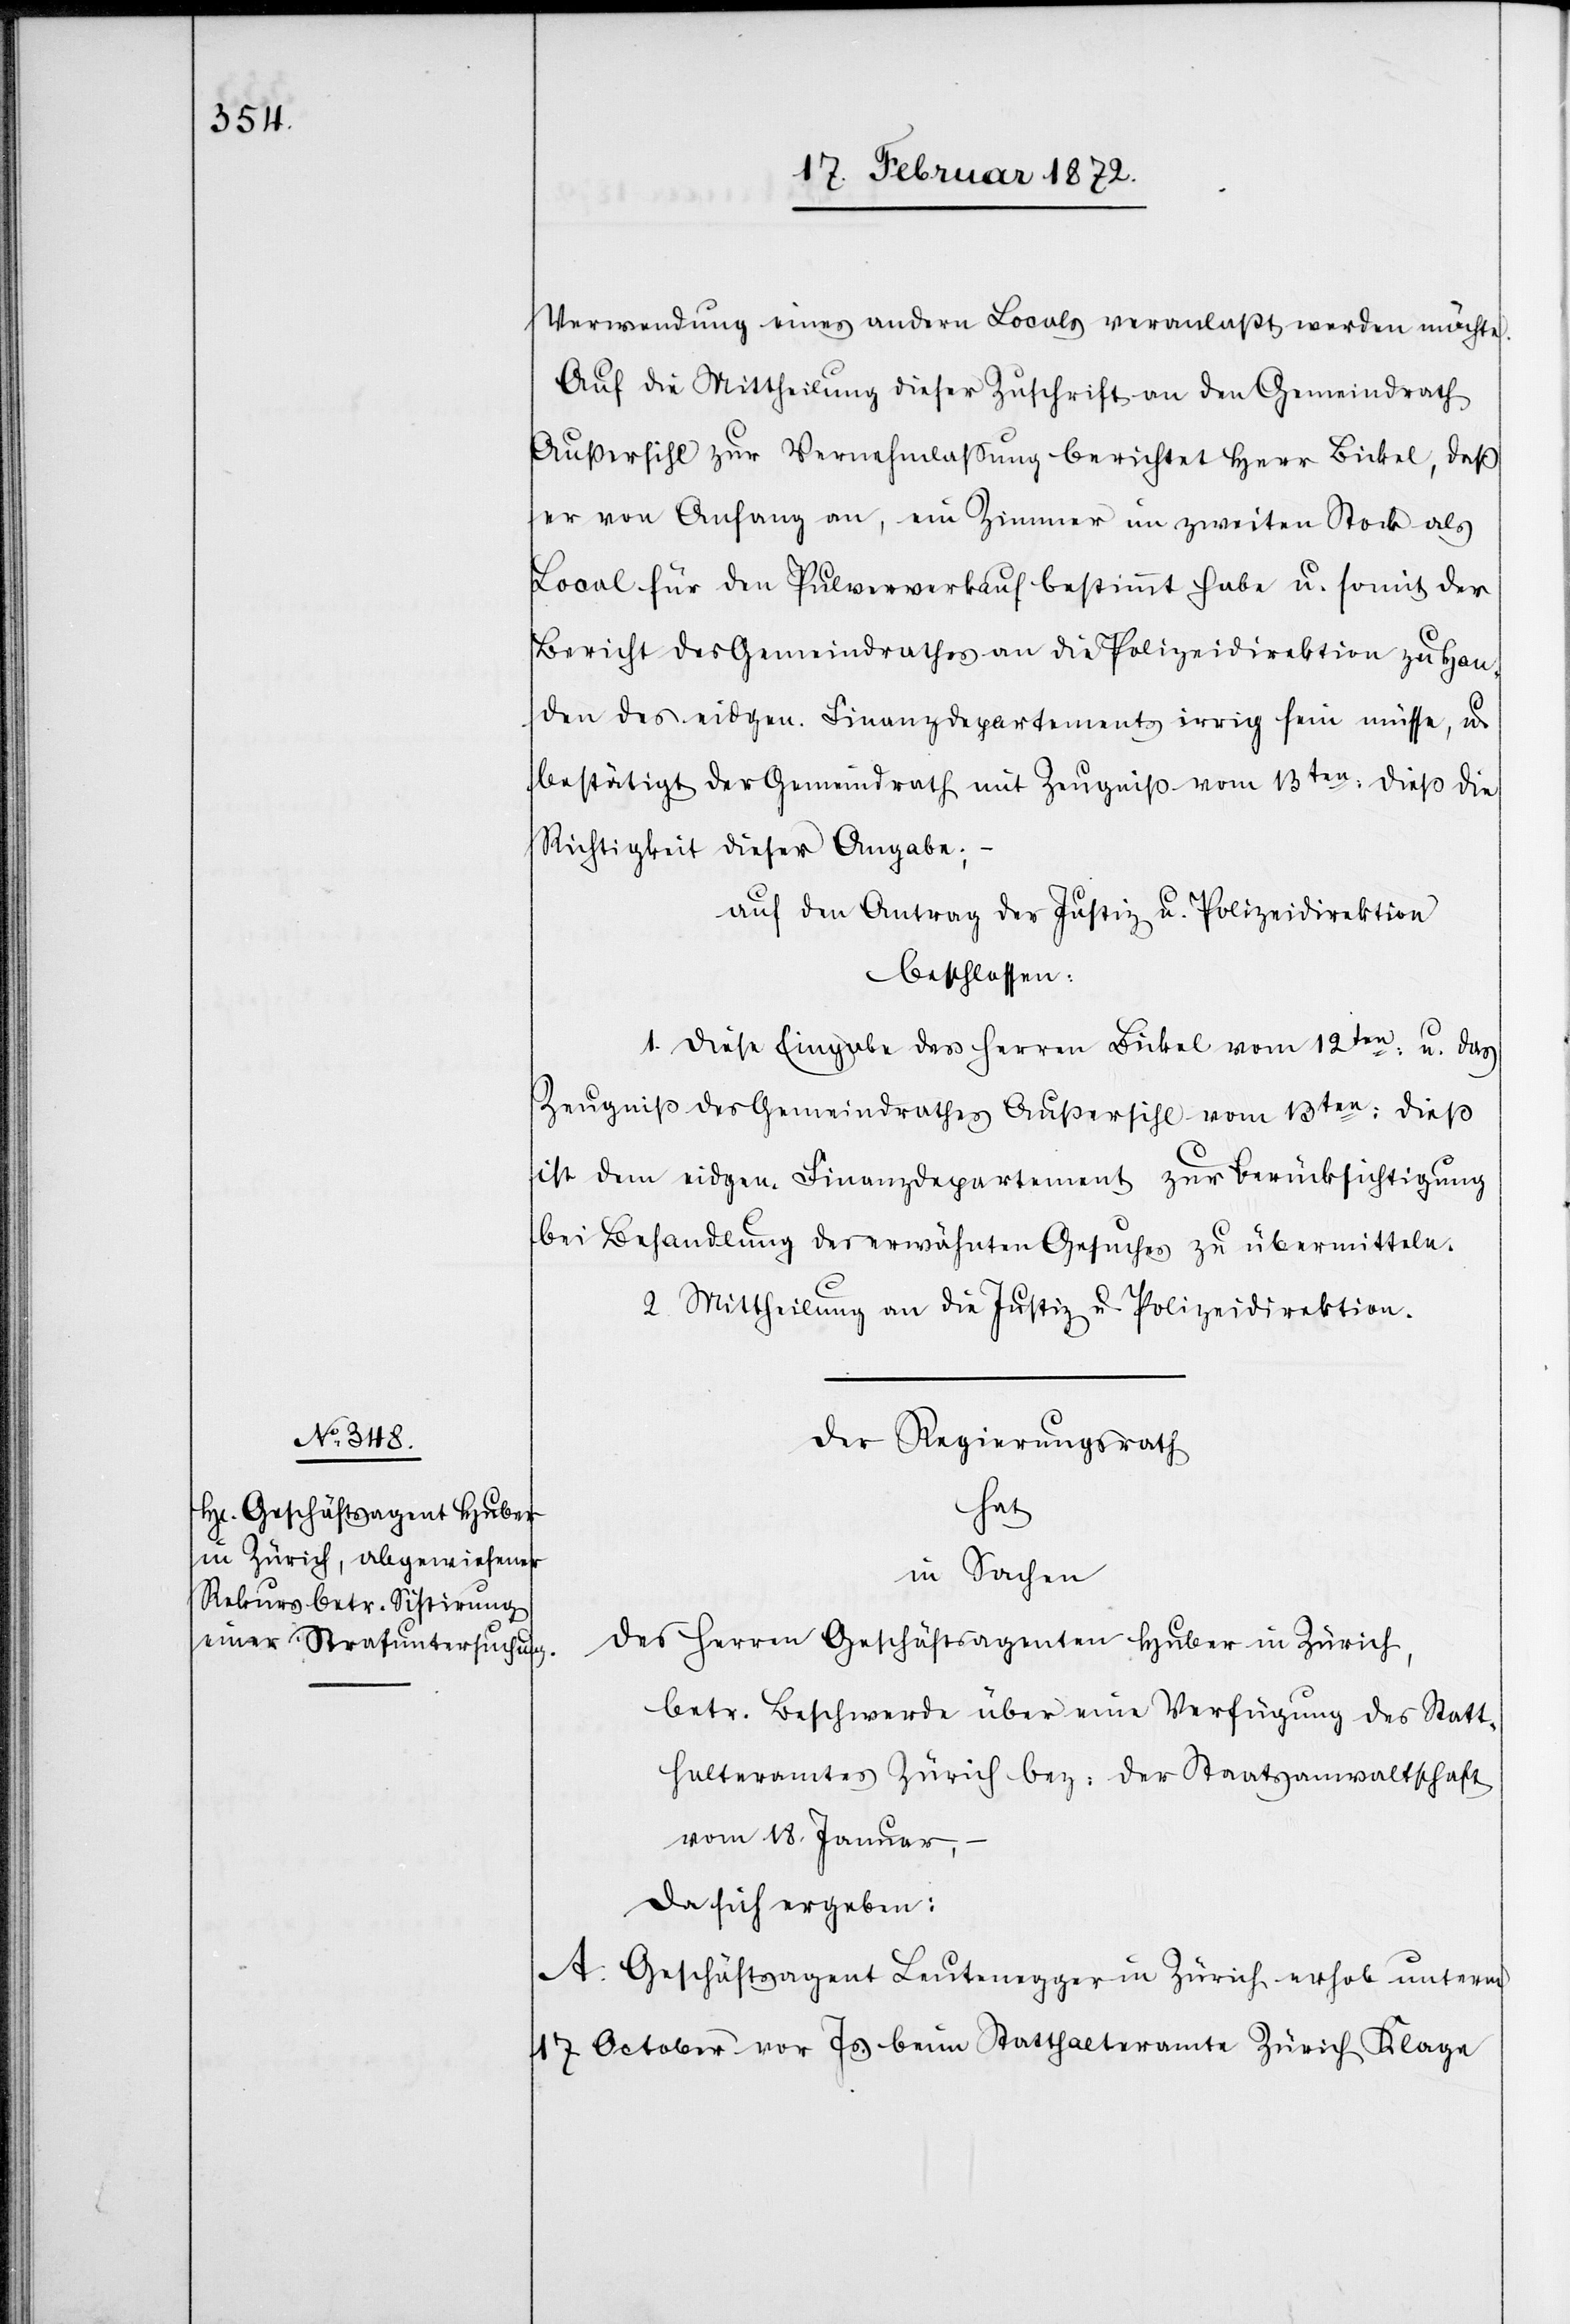
Verwendung eines andern Locals veranlaßt werden möchte.
Auf die Mittheilung dieser Zuschrift an den Gemeindrath
Außersihl zur Vernehmlassung berichtet Herr Bickel, daß
er von Anfang an, ein Zimmer im zweiten Stock als
Local für den Pulververkauf bestimmt habe u. somit der
Bericht des Gemeindrathes an die Polizeidirektion zu Han¬
u.
den des eidgen. Finanzdepartement irrig sein müsse,
bestätigt der Gemeindrath mit Zeugniß vom 13ten dieß die
Richtigkeit dieser Angabe;
auf den Antrag der Justiz u. Polizeidirektion
beschlossen:
1. Diese Eingabe des Herren Bickel vom 12ten
u. das
Zeugniß des Gemeindrathes Außersihl vom 13ten dieß
ist dem eidgen. Finanzdepartement zur Berücksichtigung
bei Behandlung des erwähnten Gesuches zu übermitteln.
2. Mittheilung an die Justiz u. Polizeidirektion.
Der Regierungsrath
hat
in Sachen
des Herren Geschäftsagenten Huber in Zürich,
betr. Beschwerde über eine Verfügung des Statt¬
halteramtes Zürich bez: der Staatsanwaltschaft
vom 18. Januar,
da sich ergeben:
A. Geschäftsagent Leutenegger in Zürich erhob unterm
17 October vor Js. beim Statthalteramte Zürich Klage